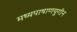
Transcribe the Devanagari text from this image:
मध्यपाषाणयुगीन